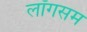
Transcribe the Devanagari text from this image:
लॉगसम